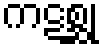
ကဋစ္ဆု